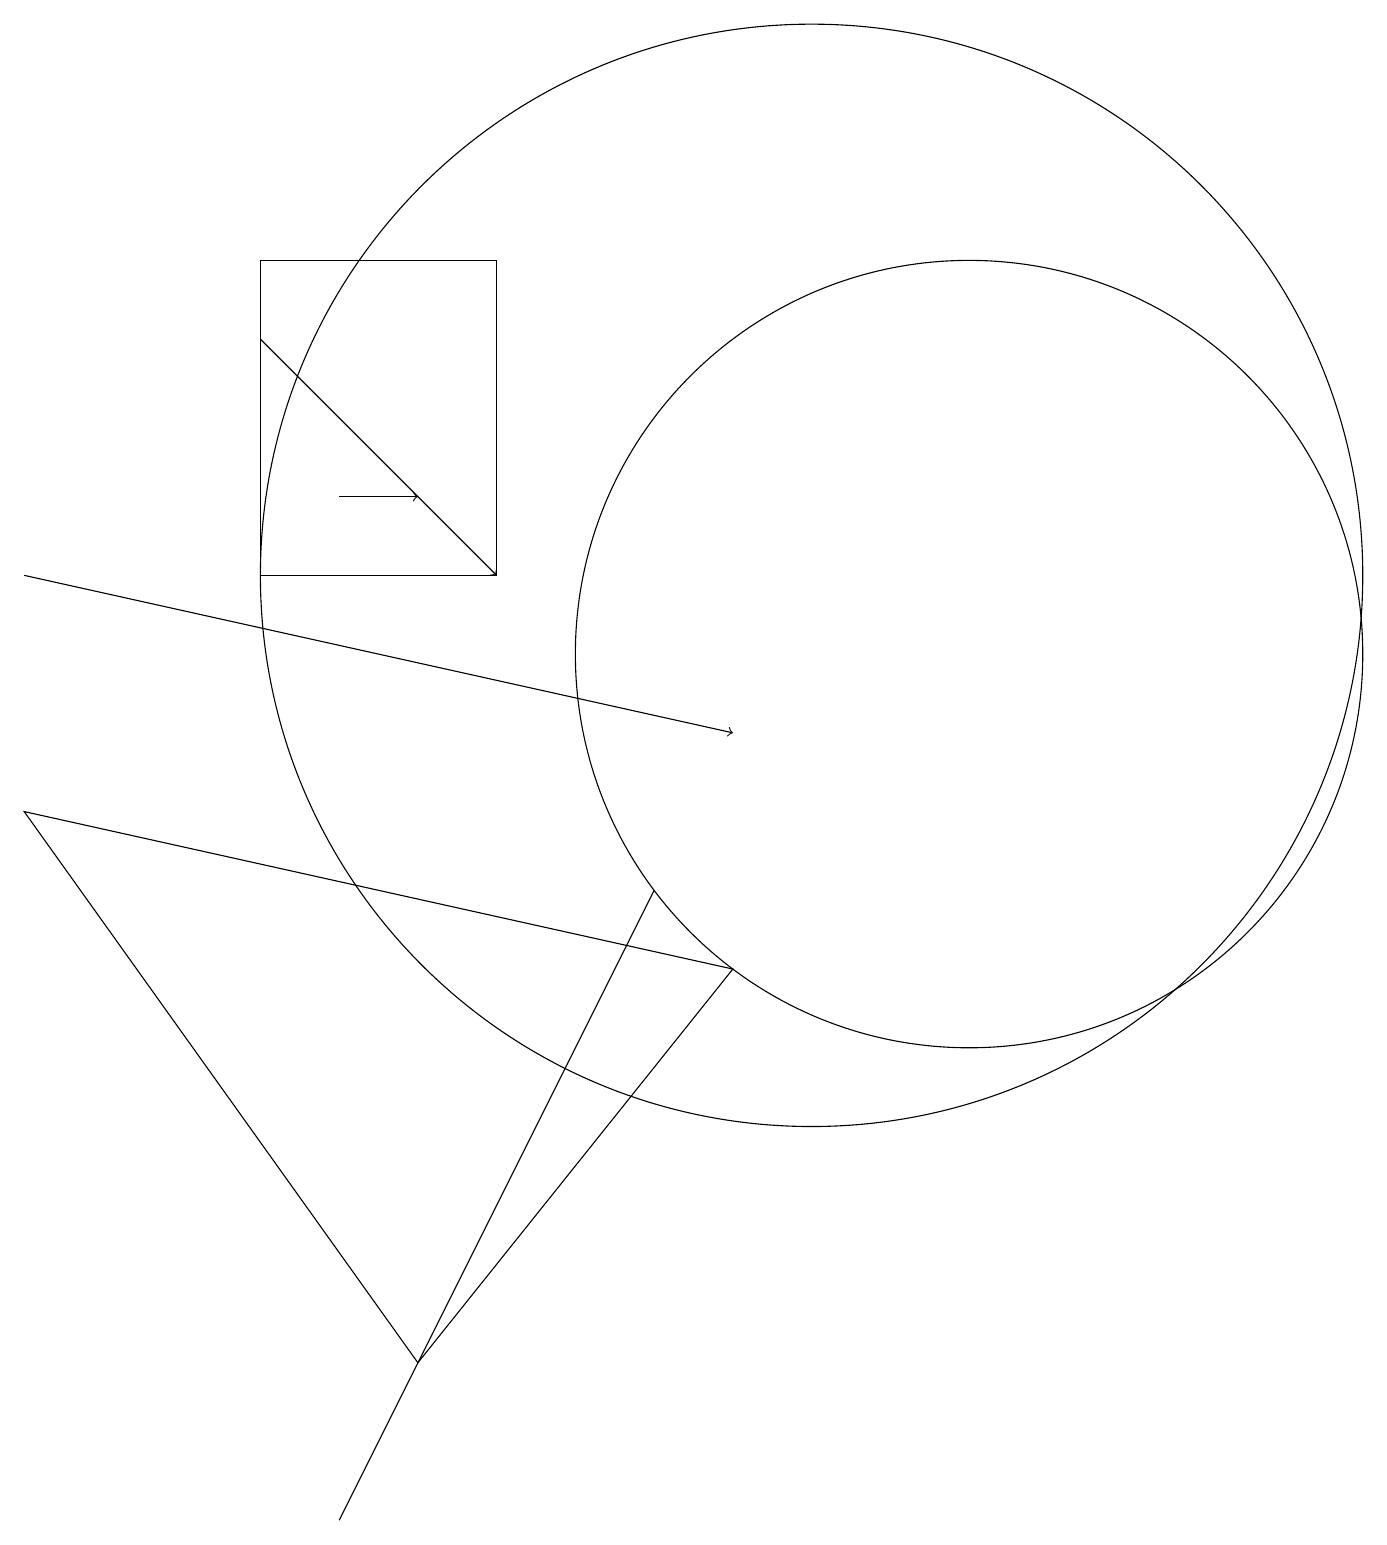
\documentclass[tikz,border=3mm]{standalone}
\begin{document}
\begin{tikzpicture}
\draw (12,11) circle (5);
\draw[->] (4,13) -- (5,13);
\draw[->] (0,12) -- (9,10);
\draw (4,0) -- (8,8) -- (7,6) -- cycle;
\draw (10,12) circle (7);
\draw (3,12) rectangle (6,16);
\draw (9,7) -- (0,9) -- (5,2) -- cycle;
\draw[->] (3,15) -- (6,12);
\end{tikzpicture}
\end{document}